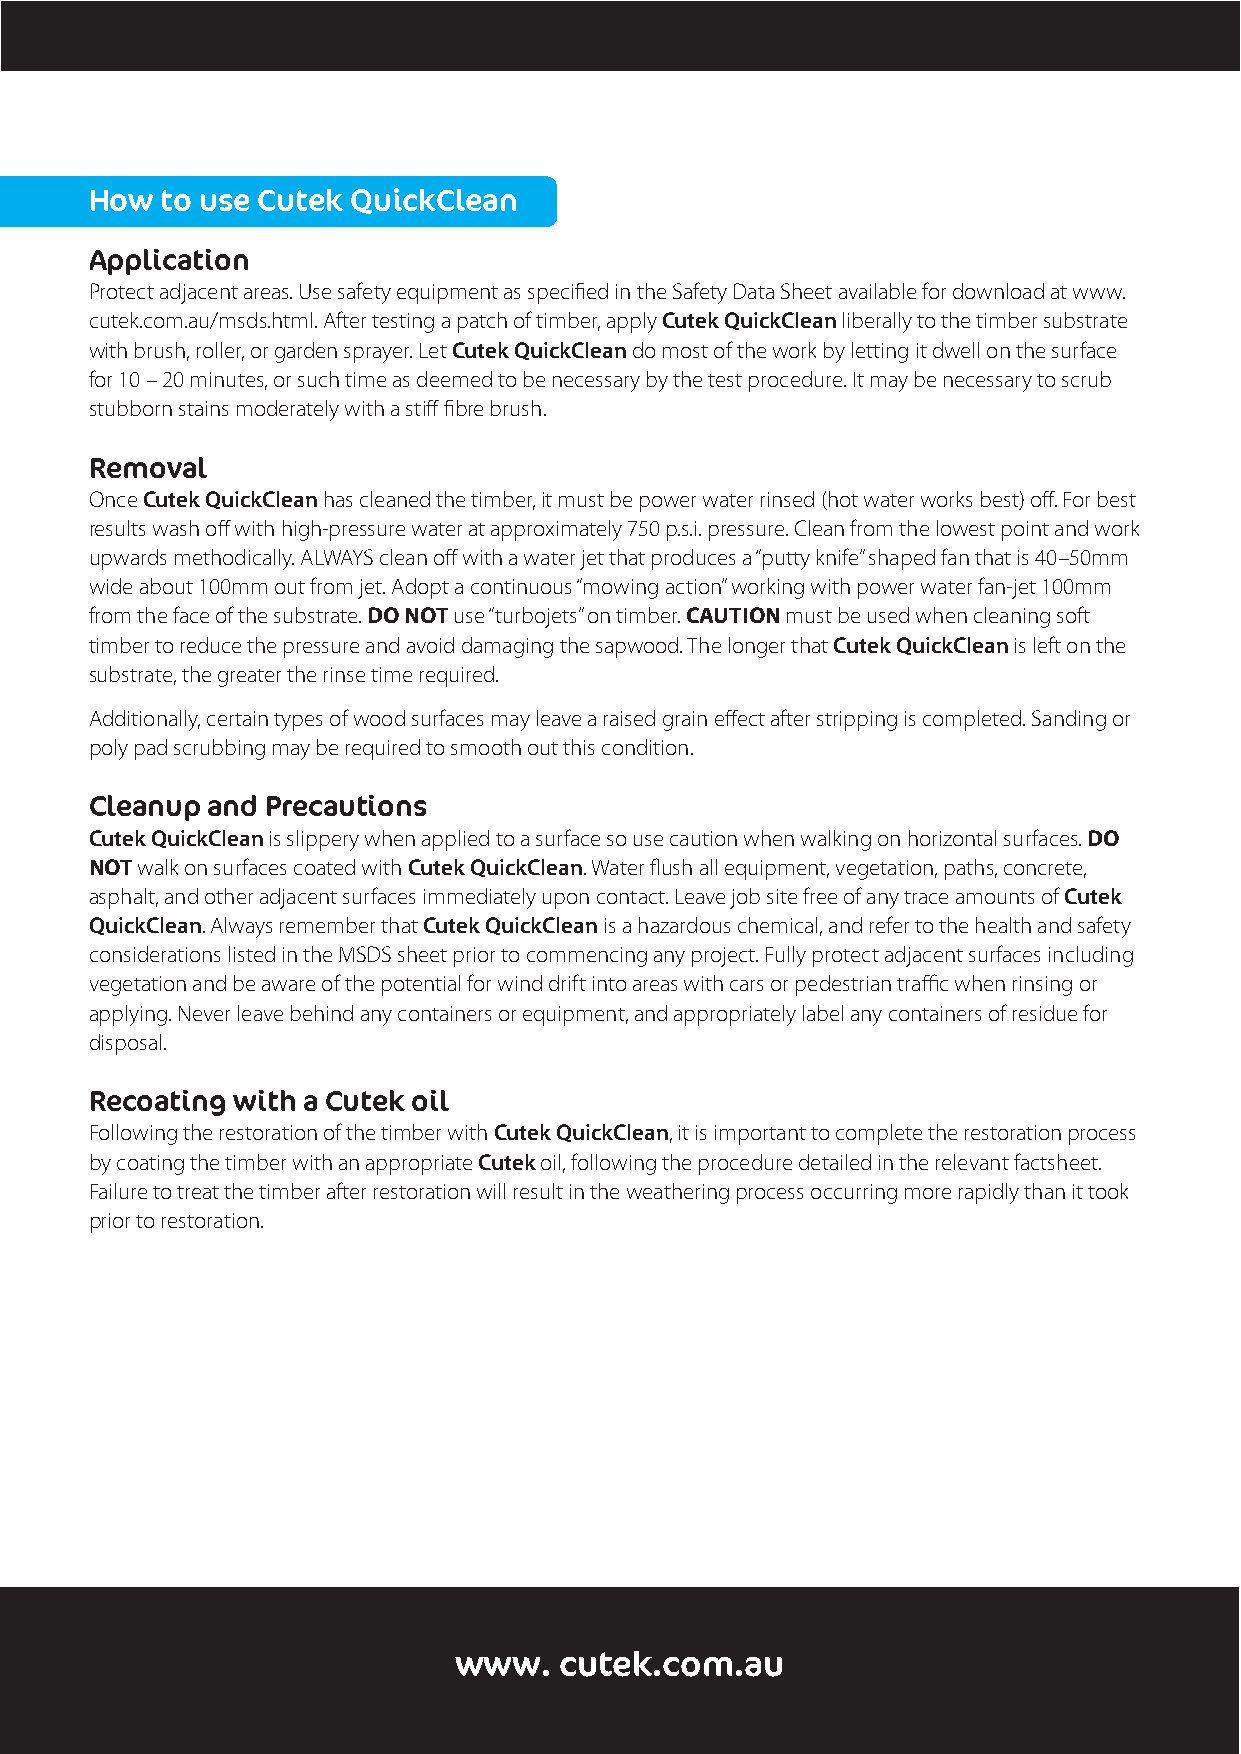
How  to use Cutek QuickClean
 Application
 Protect adjacent areas. Use safety equipment as specified in the Safety Data Sheet available for download at www.
 cutek.com.au/msds.html. After testing a patch of timber, apply Cutek QuickClean liberally to the timber substrate
 with brush, roller, or garden sprayer. Let Cutek QuickClean do most of the work by letting it dwell on the surface
 for 10 – 20 minutes, or such time as deemed to be necessary by the test procedure. It may be necessary to scrub
 stubborn stains moderately with a stiff fibre brush.
 Removal
 Once Cutek QuickClean has cleaned the timber, it must be power water rinsed (hot water works best) off. For best
 results wash off with high-pressure water at approximately 750 p.s.i. pressure. Clean from the lowest point and work
 upwards methodically. ALWAYS clean off with a water jet that produces a “putty knife” shaped fan that is 40–50mm
 wide about 100mm out from jet. Adopt a continuous “mowing action” working with power water fan-jet 100mm
 from the face of the substrate. DO NOT use “turbojets” on timber. CAUTION must be used when cleaning soft
 timber to reduce the pressure and avoid damaging the sapwood. The longer that Cutek QuickClean is left on the
 substrate, the greater the rinse time required.
 Additionally, certain types of wood surfaces may leave a raised grain effect after stripping is completed. Sanding or
 poly pad scrubbing may be required to smooth out this condition.
 Cleanup and Precautions
 Cutek QuickClean is slippery when applied to a surface so use caution when walking on horizontal surfaces. DO
 NOT walk on surfaces coated with Cutek QuickClean. Water flush all equipment, vegetation, paths, concrete,
 asphalt, and other adjacent surfaces immediately upon contact. Leave job site free of any trace amounts of Cutek
 QuickClean. Always remember that Cutek QuickClean is a hazardous chemical, and refer to the health and safety
 considerations listed in the MSDS sheet prior to commencing any project. Fully protect adjacent surfaces including
 vegetation and be aware of the potential for wind drift into areas with cars or pedestrian traffic when rinsing or
 applying. Never leave behind any containers or equipment, and appropriately label any containers of residue for
 disposal.
 Recoating with a Cutek oil
 Following the restoration of the timber with Cutek QuickClean, it is important to complete the restoration process
 by coating the timber with an appropriate Cutek oil, following the procedure detailed in the relevant factsheet.
 Failure to treat the timber after restoration will result in the weathering process occurring more rapidly than it took
 prior to restoration.
 www.   cutek.com.au